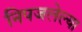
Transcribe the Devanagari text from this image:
निपजलेल्या